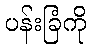
ပန်းခြံကို